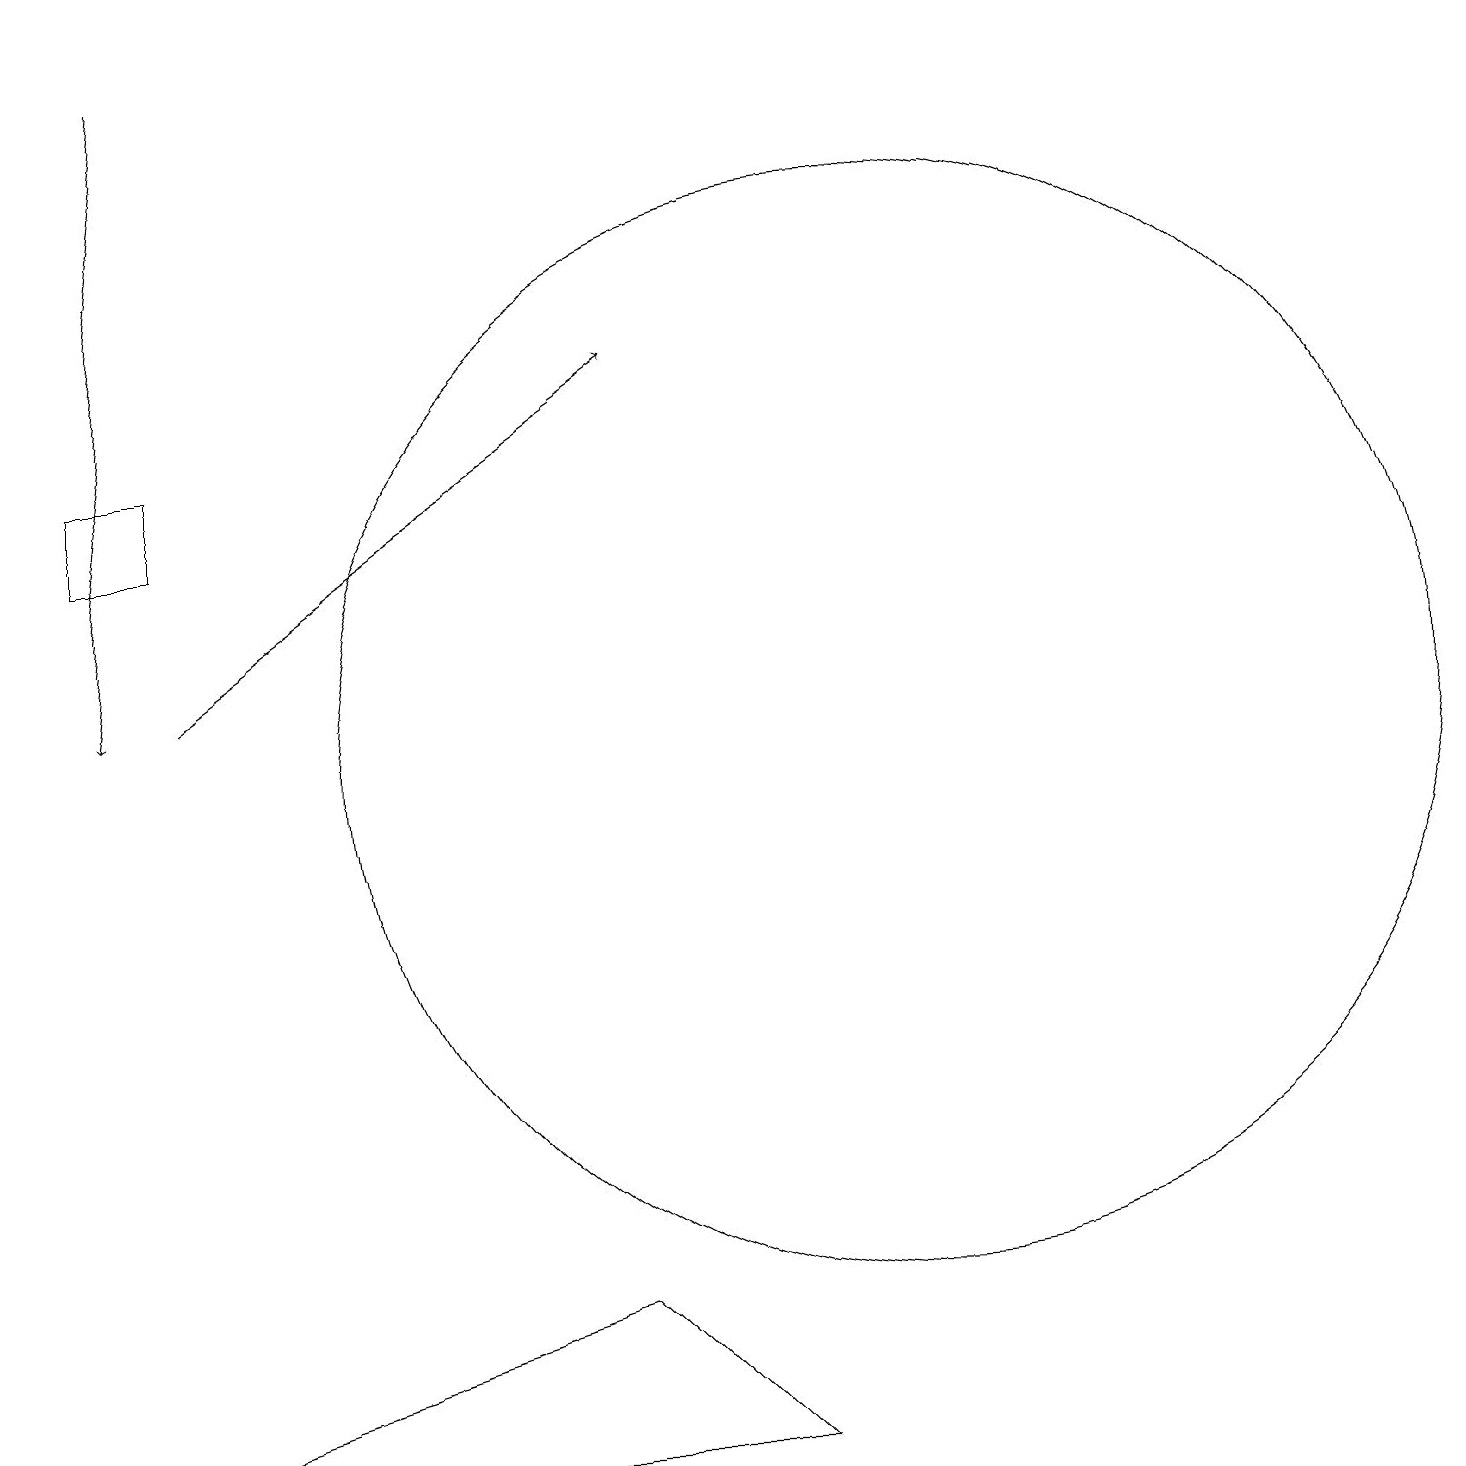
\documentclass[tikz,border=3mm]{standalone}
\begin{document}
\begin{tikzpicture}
\draw[->] (2,19) -- (1,11);
\draw[->] (2,11) -- (8,15);
\draw (1,14) rectangle (2,13);
\draw (7,3) -- (0,1) -- (9,1) -- cycle;
\draw (11,10) circle (7);
\draw (11,10) circle (0);
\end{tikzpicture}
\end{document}